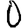
Digit: 0